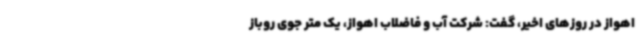
اهواز در روزهای اخیر، گفت: شرکت آب و فاضلاب اهواز، یک متر جوی روباز